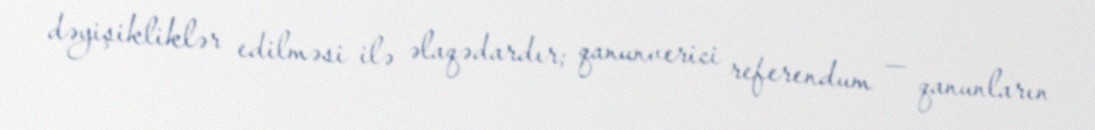
dəyişikliklər edilməsi ilə əlaqədardır; qanunverici referendum — qanunların